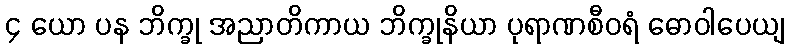
၄ ယော ပန ဘိက္ခု အညာတိကာယ ဘိက္ခုနိယာ ပုရာဏစီဝရံ ဓောဝါပေယျ